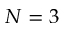
N = 3